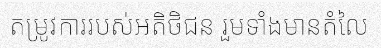
តម្រូវការរបស់អតិថិជន រួមទាំងមានតំលៃ